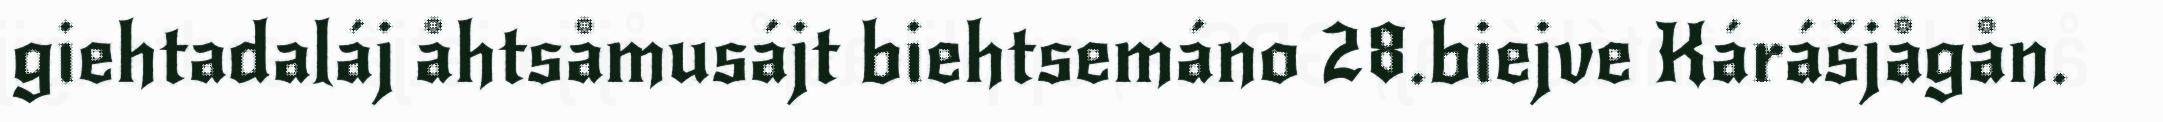
giehtadaláj åhtsåmusájt biehtsemáno 28.biejve Kárášjågån.